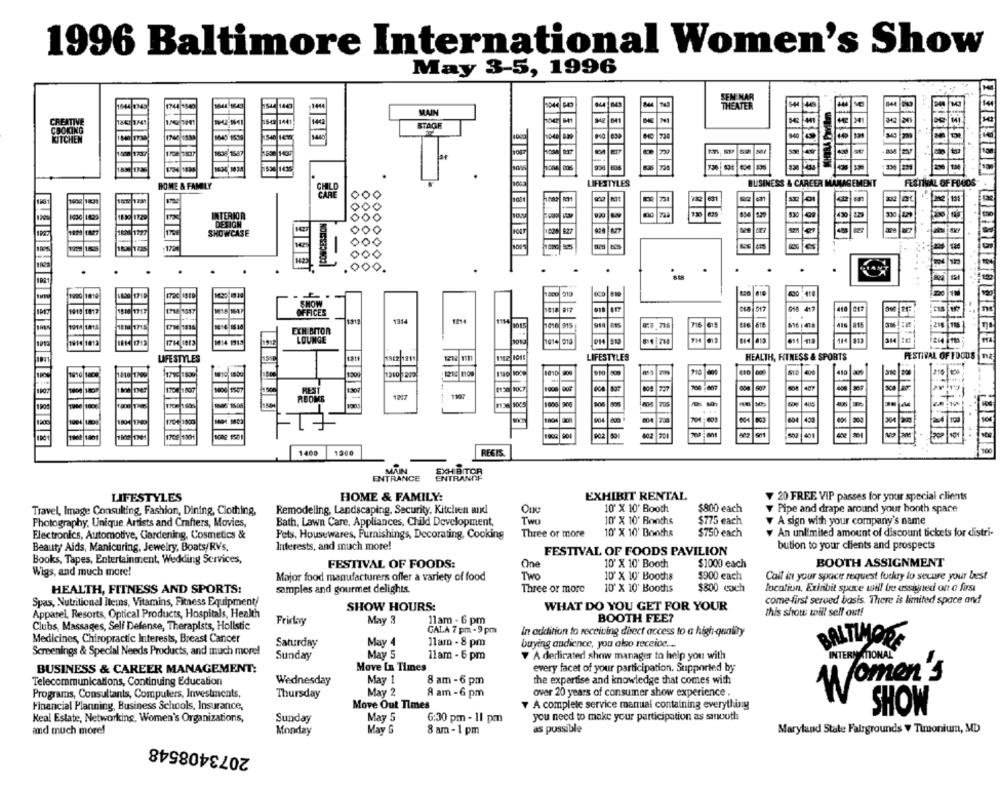
1996 Baltimore International Women's Show
May 3-5, 1996
1744 1840
144
MAIN
847 1741
144
3421841
SATIVE
STAGE
DIING
CHEN
230
1530 1435
LIFESTYLES
BUSINESS & CAREER M
NAGEMENT
FESTIVAL OF FOCOS
HOME & FAMILY
000
at
131
000
INTERIOR
1430 1439
000
DESIGN
000
527
SHOWCASE
1020
142
000.
.
SHOW
#10 1017
OFFICES
A 1015
1014 1614
1313
1814
1214
915
023.715
616
EXHIBITOR
1013
1414 1345
LOUNGE
114
17H 1813
JON
1014
121
LIFESTYLES
HEALTH, FITNESS & SPORTS
FESTIVAL OF FOODS |11A
LIFESTYLES
1882 1211
410
1307
1217
ROOMS
1000
004
304
708/1001
Som2 1501
....
1400
REGIS
MAIN
EXHIBITOR
ENTRANCE
ENTRANCE
LIFESTYLES
HOME & FAMILY:
EXHIBIT RENTAL
V 20 FREE VIP passes for your special clients
Travel, Image Consulting, Fashion, Dining, Clothing,
Remodeling, Landscaping, Security, Kitchen and
One
10" X 10' Booth
$800 each
Pipe and drape around your booth spare
Photography, Unique Artists and Crafters, Movies,
Bath, Lawn Care, Appliances, Child Development,
Two
10' X 10' Bonths
$775 each
A sign with your company's name
Electronics, Automotive, Gardening, Cosmetics &
Fets. Housewares, Furnishings, Decorating, Cooking
Three or more
10' X 10' Bonths
$750 each
An unlimited amount of discount tickets for distri-
Beauty Aids, Manicuring, Jewelry, Boats/RVs.
Interests, and much more!
bution to your clients and prospects
FESTIVAL OF FOODS PAVILION
Books, Tapes, Entertainment, Wedding Services,
One
BOOTH ASSIGNMENT
FESTIVAL OF FOODS:
10' X 10' Booth
$1000 each
Wigs, and much more!
Major food manufacturers offer a variety of food
Two
10" X 10' Booths
$900 each
Call in your space request fuckury lo secure your best
HEALTH, FITNESS AND SPORTS:
samples and gourmet delights.
Three or more
10' X 10' Booths
$800 coch
location, Exlabit spare will be assigned on a first
Spas, Nutritional Items, Vitamins, Fitness Equipment/
come first served basis. There is limited space and
SHOW HOURS:
WHAT DO YOU GET FOR YOUR
Apparel, Resorts, Optical Products, Hospitals, Health
this show will sell out!
Clubs, Massages, Self Defense, Therapists, Holistic
Friday
May 3
11am - 6 pm
BOOTH FEE?
GALA 7 pm - 9 pm
In addition to receiving direct access to a high-quality
Medicines, Chiropractic Interests, Breast Cancer
BALTIMORE
Saturday
May 4
11am - 8 pm
buying audience, you also receive ...
Screenings & Special Needs Products, and much more!
Sunday
May 5
11am - 6 pm
A dedicated show manager to help you with
INTERNATIONAL
BUSINESS & CAREER MANAGEMENT:
Move In Times
every facet of your participation. Supported by
Wednesday
May 1
8 am -6 pm
the expertise and knowledge that comes with
Women's
Telecommunications, Continuing Education
Programs, Consultants, Computers, Investments,
Thursday
May 2
8 am - 6 pm
over 20 years of consumer show experience .
Move Out Times
A complete service manual containing everything
Financial Planning, Business Schools, Insurance,
SHOW
Real Estate, Networking, Women's Organizations,
Sunday
May 5
6:30 pm - 11 pm
you need to make your participation as smooth
as possible
and much more!
Monday
May G
8 am -1 pm
Maryland Stale Fairgrounds . Timonium, MD
2073408548